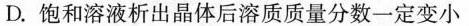
D.饱和溶液析出晶体后溶质质量分数一定变小